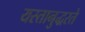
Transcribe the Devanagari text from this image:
यस्तानुद्धरते